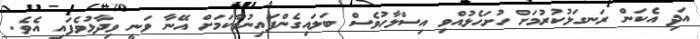
އަދި އެކަން ރަނގަޅުކުރުމަށް ހުށަހެޅުއްވި އިސްލާހުވެސް ބަލައިގެންފައިނުވާކަމަށް އޭނާ ވަނީ ވިދާޅުވެފައި އެވެ.